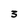
Character: 3